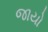
જાયો